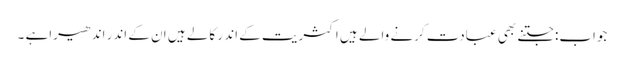
جواب:جتنے بھی عبادت کرنے والے ہیں اکثریت کے اند ر کالے ہیں ان کے اندر اندھیراہے ۔